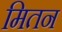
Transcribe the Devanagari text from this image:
मितन